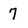
Character: 7